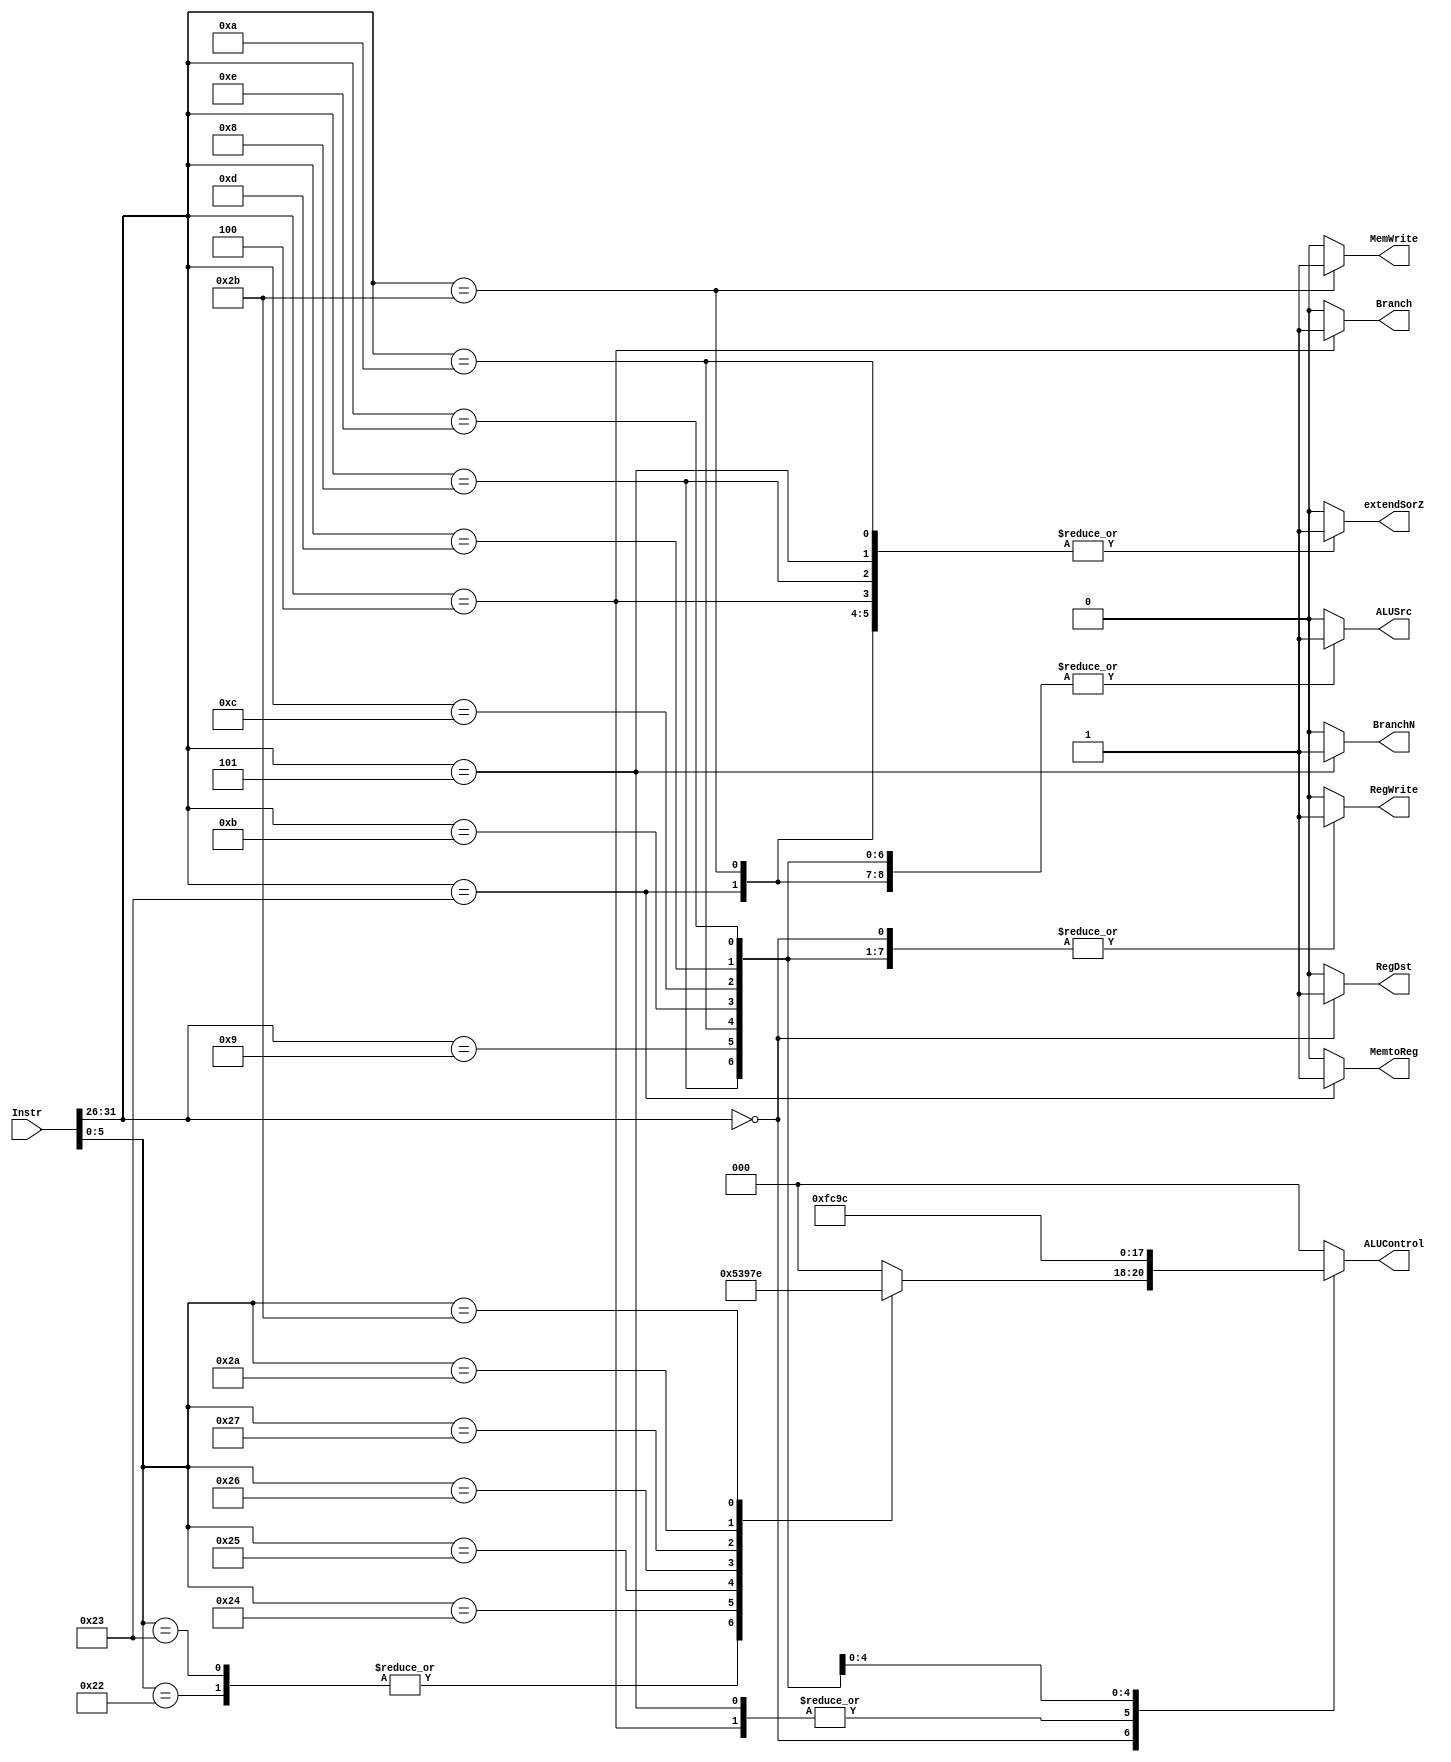
module control_unit(input [31:0]Instr,
		output reg [2:0] ALUControl,
		output reg MemtoReg, MemWrite, Branch, BranchN, extendSorZ, ALUSrc, RegDst, RegWrite);
	
	always@(*)
		begin
			MemtoReg = 0;
			MemWrite = 0;
			Branch = 0;
			BranchN = 0;
			extendSorZ = 0;
			ALUSrc = 0;
			RegDst = 0;
			RegWrite = 0;
			ALUControl = 3'b000;
			case(Instr[31:26])
				6'b000000: //r-type 
					begin 
						RegWrite = 1;
						RegDst = 1;
						case(Instr[5:0])
									6'b100000: ALUControl = 3'b000; // add
									6'b100001: ALUControl = 3'b000; // addu
									6'b100010: ALUControl = 3'b001; // sub
									6'b100011: ALUControl = 3'b001; // subu
									6'b100100: ALUControl = 3'b010; // and
									6'b100101: ALUControl = 3'b011; // or
									6'b100110: ALUControl = 3'b100; // xor
									6'b100111: ALUControl = 3'b101; // nor
									6'b101010: ALUControl = 3'b111; // slt
									6'b101011: ALUControl = 3'b110; // sltu
						endcase
					end
				6'b100011: // lw
					begin
						RegWrite = 1;
						ALUSrc = 1;
						MemtoReg = 1;
						extendSorZ = 1;
						ALUControl = 3'b000;
					end
				6'b101011: // sw
					begin
						ALUSrc = 1;
						MemWrite = 1;
						extendSorZ = 1; 
						ALUControl = 3'b000;
					end
				6'b000100: // beq
					begin
						Branch = 1;
						extendSorZ = 1;
						ALUControl = 3'b001;
					end
				6'b000101: // bne
					begin
						BranchN = 1;
						extendSorZ = 1;
						ALUControl = 3'b001;
					end
				6'b001010: // slti
					begin
						RegWrite = 1;
						ALUSrc = 1;
						extendSorZ = 1;
						ALUControl = 3'b111;
					end
				6'b001011: // sltiu
					begin
						RegWrite = 1;
						ALUSrc = 1;
						ALUControl = 3'b110;
					end
				6'b001100: // andi
					begin
						RegWrite = 1;
						ALUSrc = 1;
						ALUControl = 3'b010;
					end
				6'b001101: // ori
					begin
						RegWrite = 1;
						ALUSrc = 1;
						ALUControl = 3'b011;
					end
				6'b001110: //xori
					begin
						RegWrite = 1;
						ALUSrc = 1;
						ALUControl = 3'b100;
					end
				6'b001000: // addi
					begin
						RegWrite = 1;
						ALUSrc = 1;
						extendSorZ = 1;
						ALUControl = 3'b000;
					end
				6'b001001: // addiu
					begin
						RegWrite = 1;
						ALUSrc = 1;
						ALUControl = 3'b000;
					end
			endcase
		end
endmodule